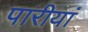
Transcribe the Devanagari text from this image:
पारीयां